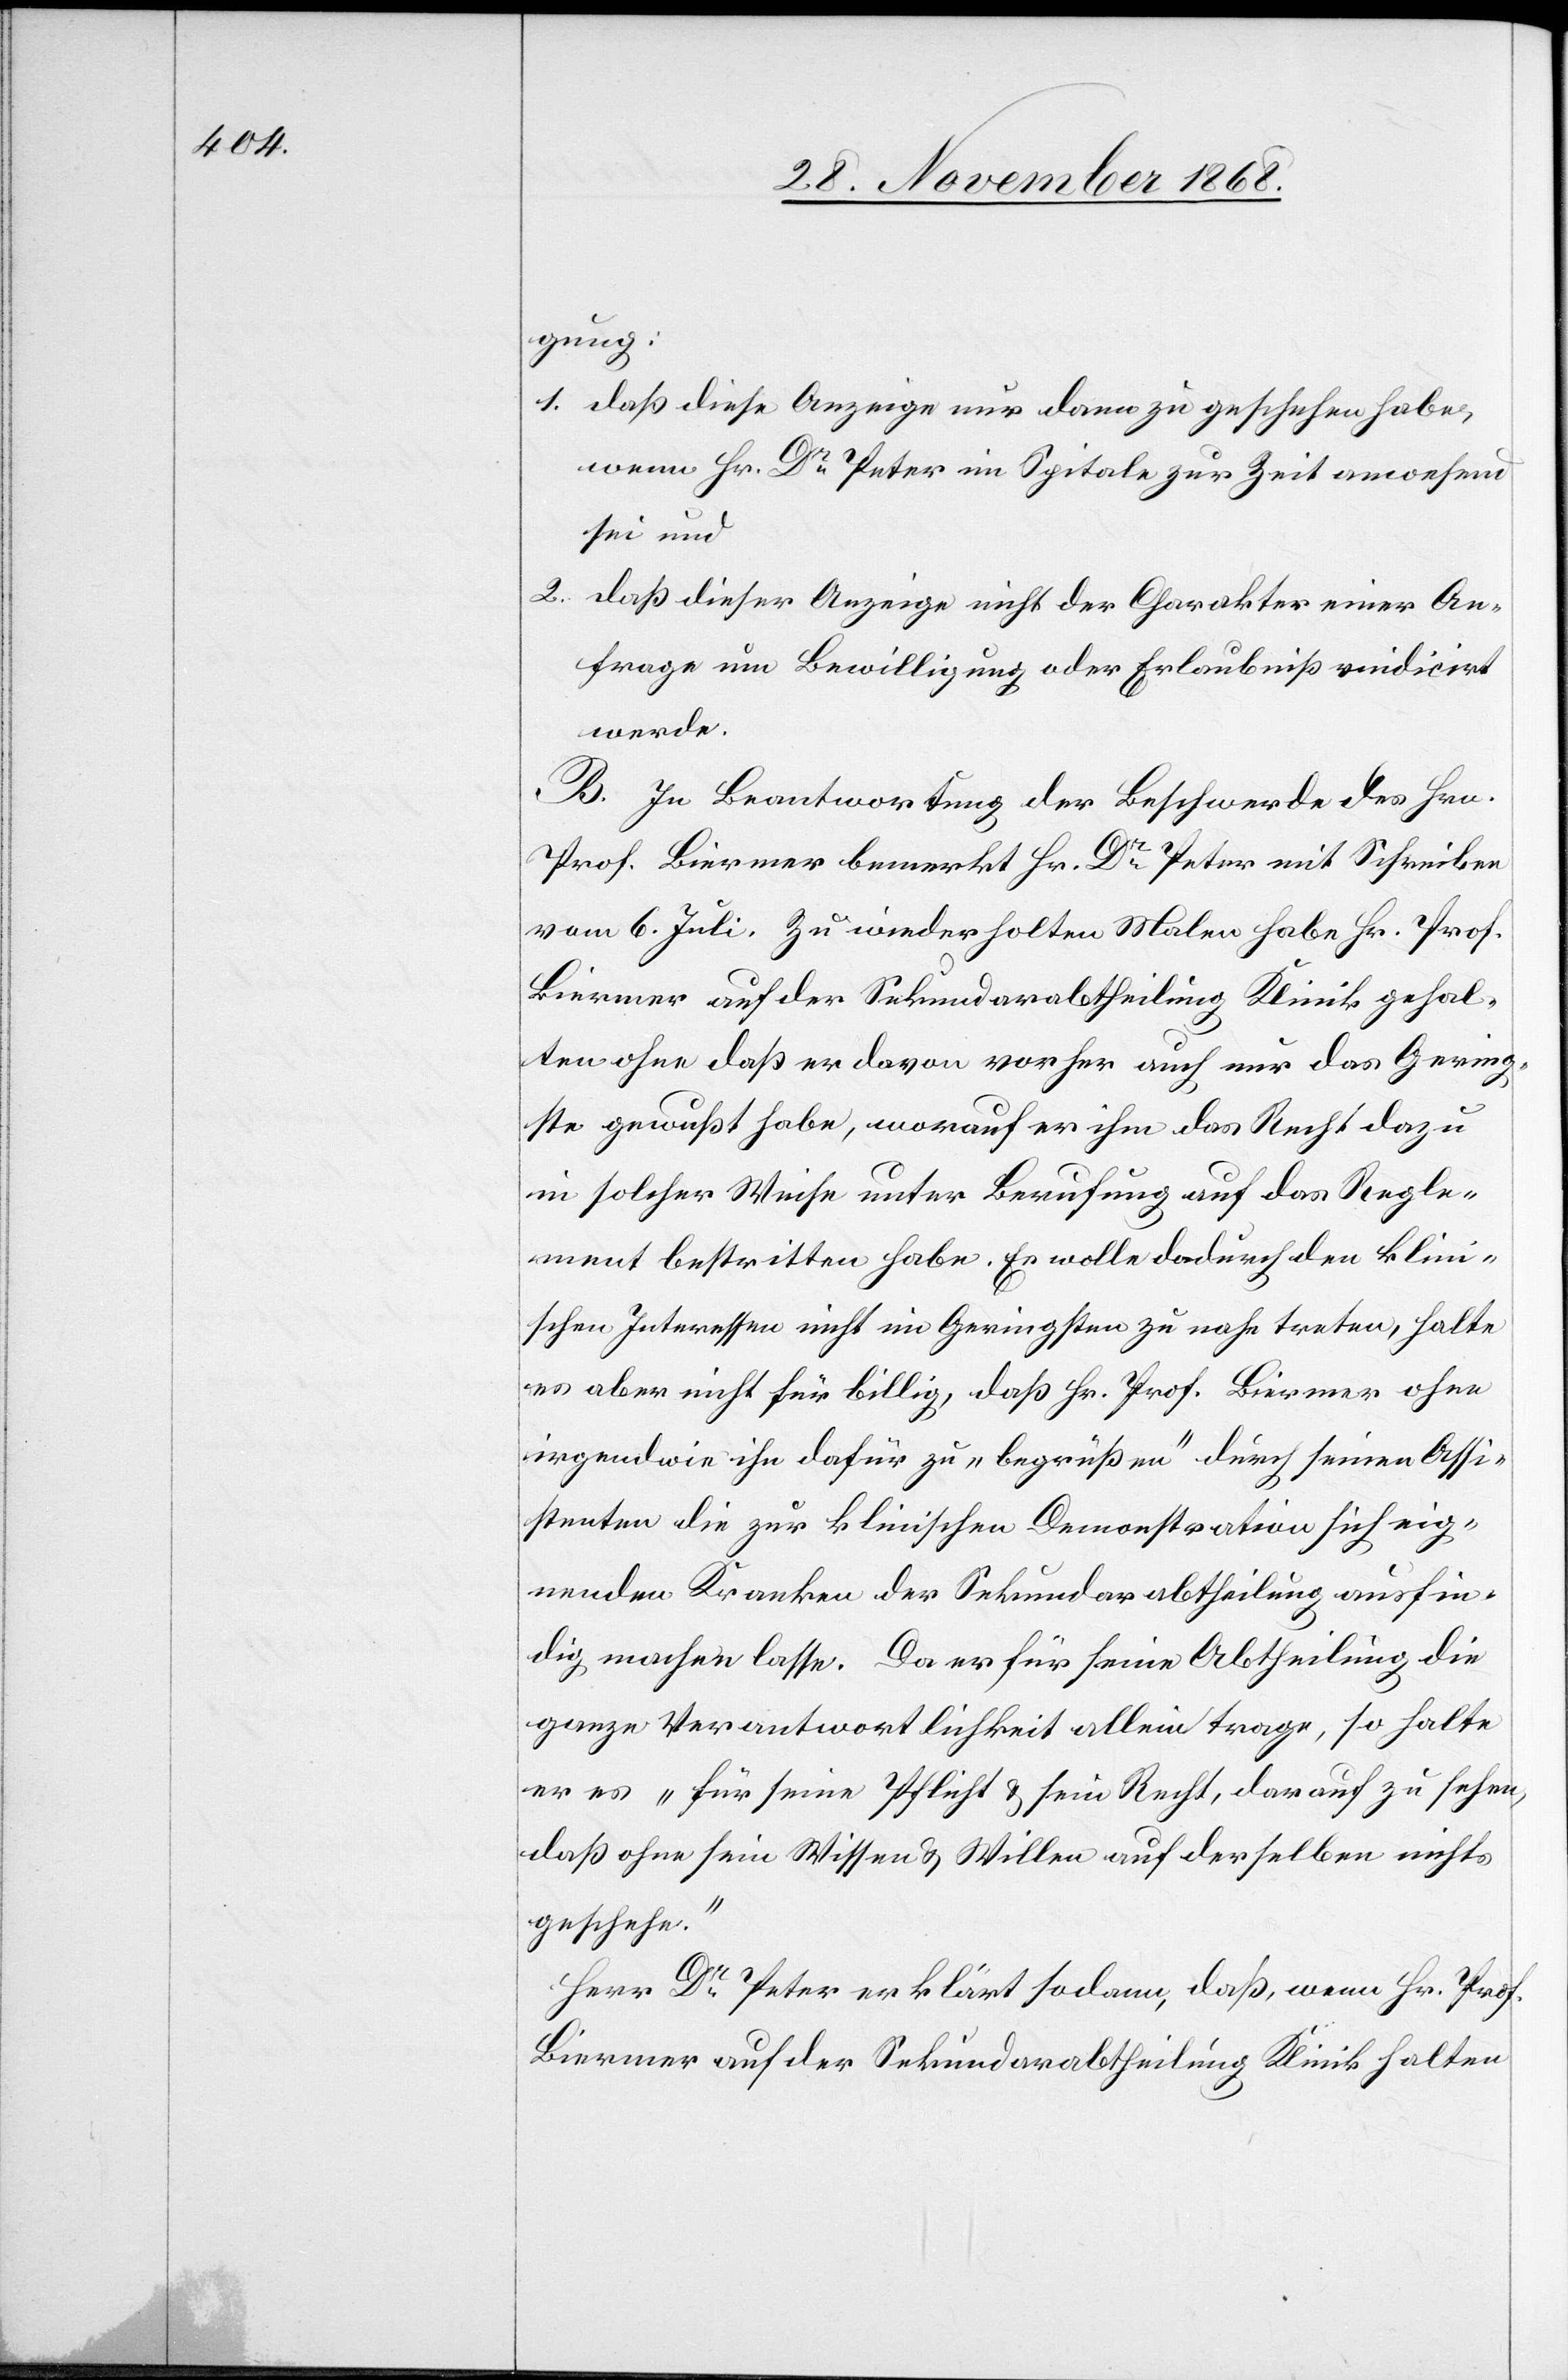
gung:
daß diese Anzeige nur dann zu geschehen habe,
wenn Hr. Dr Peter im Spitale zur Zeit anwesend
sei und
daß dieser Anzeige nicht der Charakter einer An¬
frage um Bewilligung oder Erlaubniß vindicirt
werde.
B. In Beantwortung der Beschwerde des Hrn.
Prof. Biermer bemerkt Hr. Dr Peter mit Schreiben
vom 6. Juli. Zu wiederholten Malen habe Hr. Prof.
Biermer auf der Sekundarabtheilung Klinik gehal¬
ten ohne daß er davon vorher auch nur das Gering¬
ste gewußt habe, worauf er ihm das Recht dazu
in solcher Weise unter Berufung auf das Regle¬
ment bestritten habe. Er wolle dadurch den klini¬
schen Interessen nicht im Geringsten zu nahe treten, halte
es aber nicht für billig, daß Hr. Prof. Biermer ohne
irgendwie ihn dafür zu „begrüßen“ durch seinen Assi¬
stenten die zur klinischen Demonstration sich eig¬
nenden Kranken der Sekundarabtheilung ausfin¬
dig machen lasse. Da er für seine Abtheilung die
ganze Verantwortlichkeit allein trage, so halte
er es „für seine Pflicht & sein Recht, darauf zu sehen,
daß ohne sein Wissen & Willen auf derselben nichts
geschehe.“
Herr Dr Peter erklärt sodann, daß, wenn Hr. Prof.
Biermer auf der Sekundarabtheilung Klinik halten